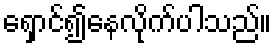
ရှောင်၍နေလိုက်ပါသည်။